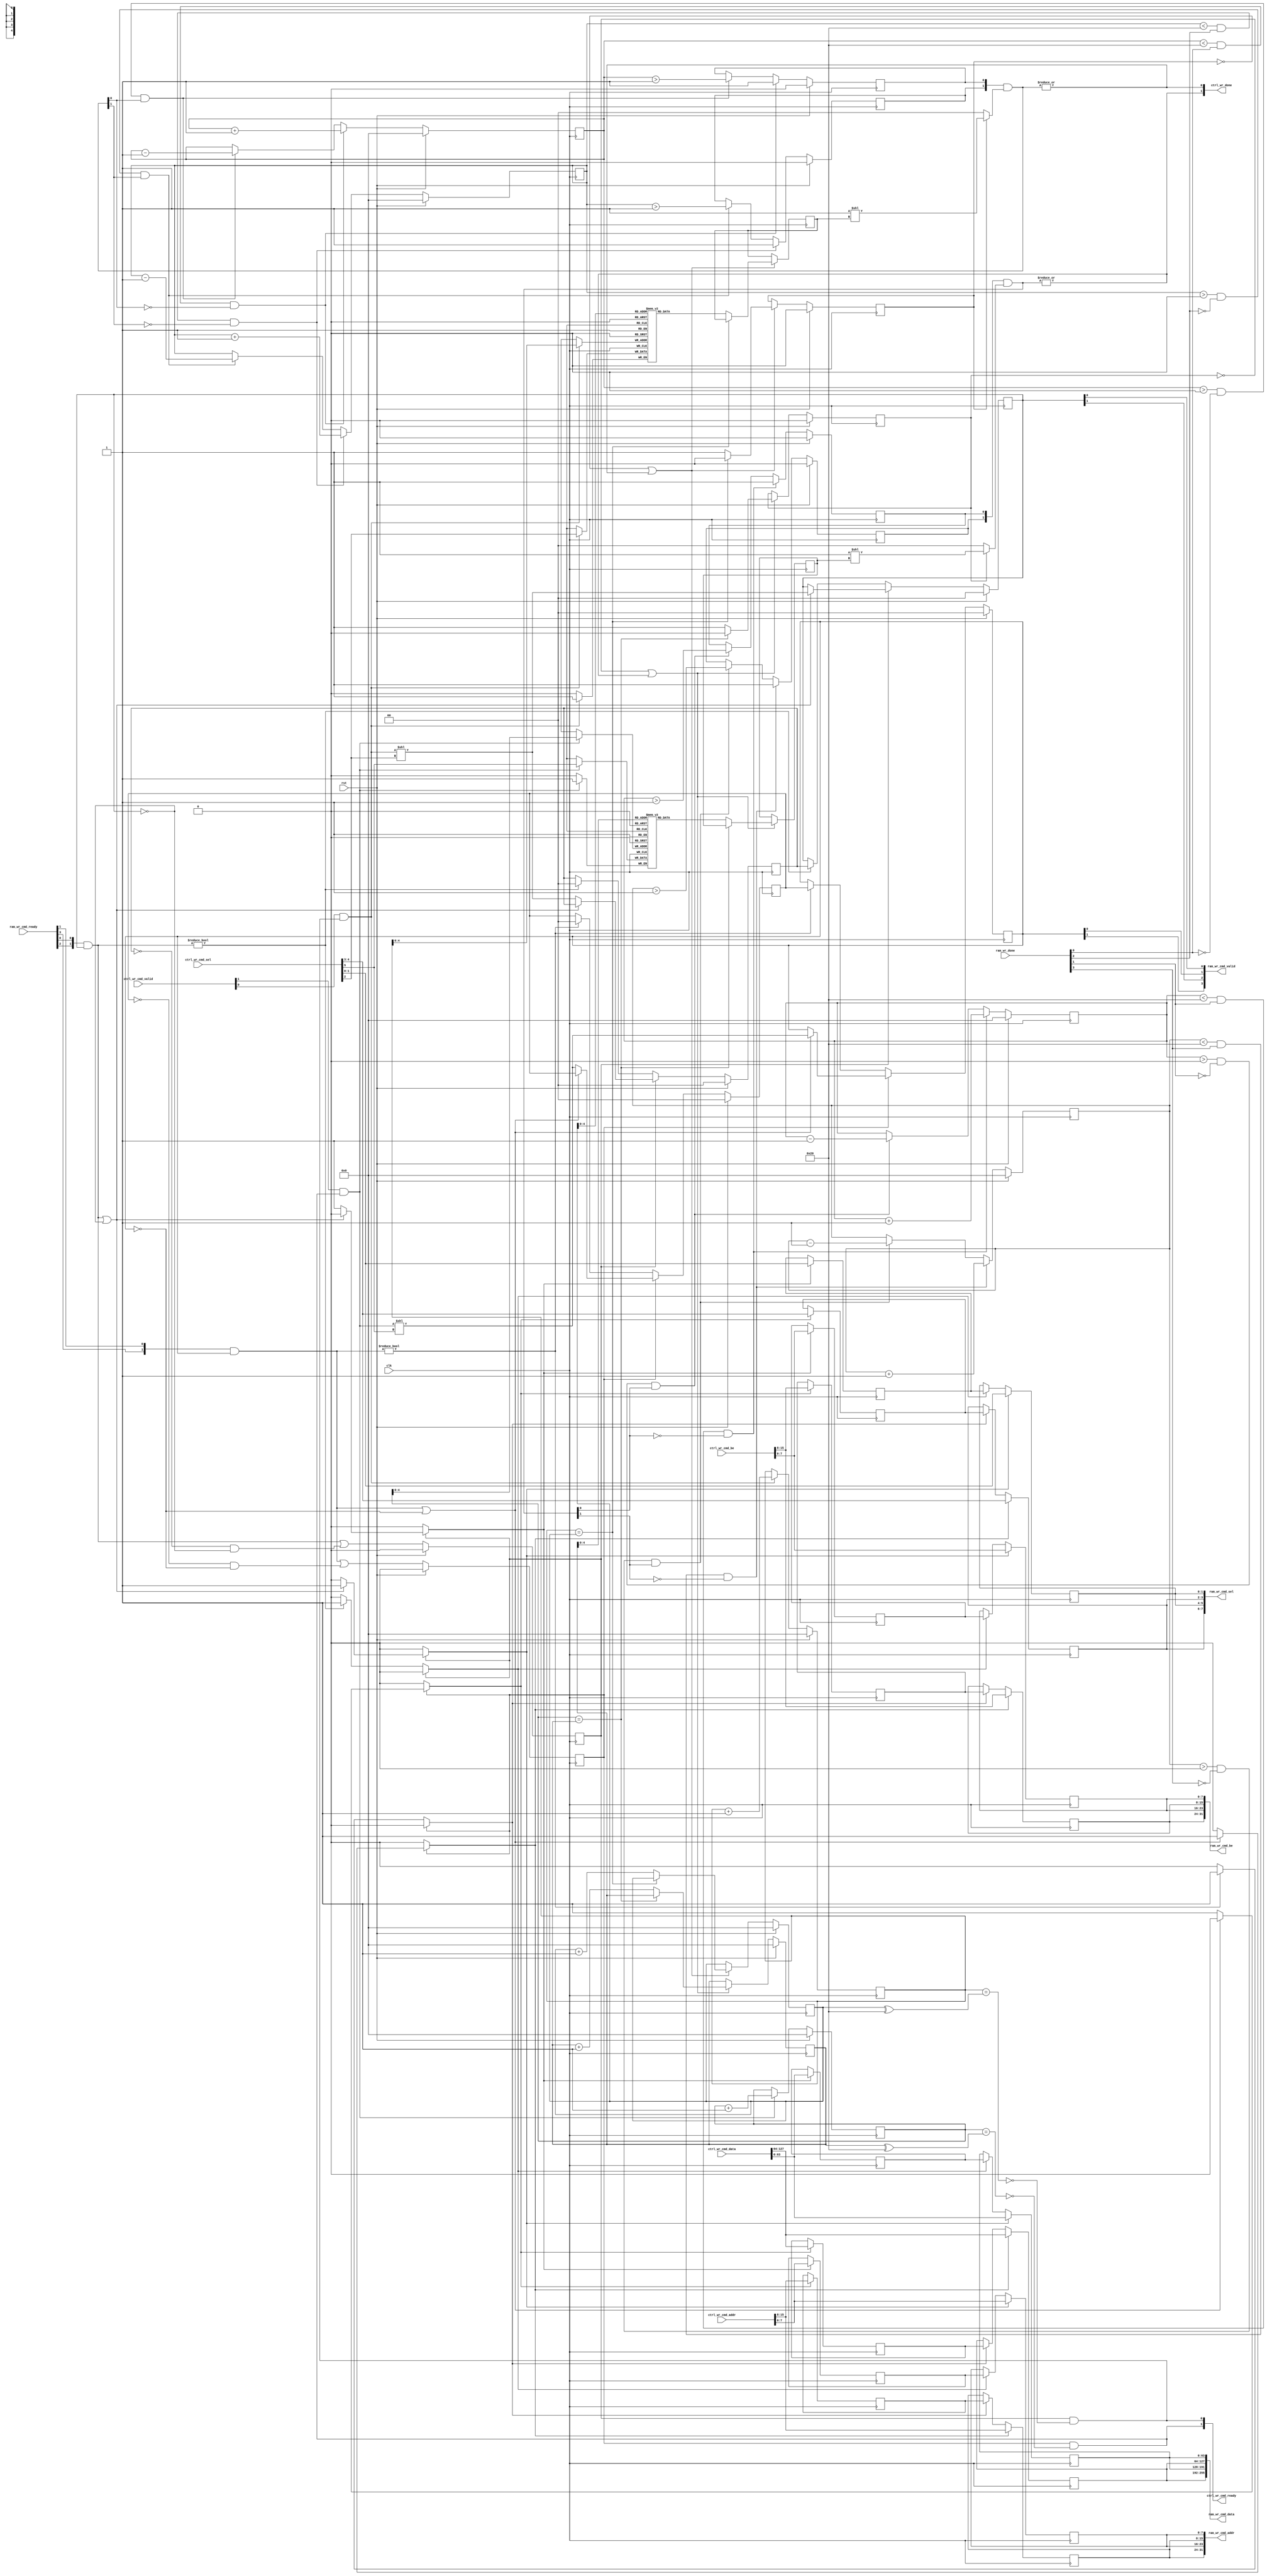
/*

Copyright (c) 2019-2021 Alex Forencich

Permission is hereby granted, free of charge, to any person obtaining a copy
of this software and associated documentation files (the "Software"), to deal
in the Software without restriction, including without limitation the rights
to use, copy, modify, merge, publish, distribute, sublicense, and/or sell
copies of the Software, and to permit persons to whom the Software is
furnished to do so, subject to the following conditions:

The above copyright notice and this permission notice shall be included in
all copies or substantial portions of the Software.

THE SOFTWARE IS PROVIDED "AS IS", WITHOUT WARRANTY OF ANY KIND, EXPRESS OR
IMPLIED, INCLUDING BUT NOT LIMITED TO THE WARRANTIES OF MERCHANTABILITY
FITNESS FOR A PARTICULAR PURPOSE AND NONINFRINGEMENT. IN NO EVENT SHALL THE
AUTHORS OR COPYRIGHT HOLDERS BE LIABLE FOR ANY CLAIM, DAMAGES OR OTHER
LIABILITY, WHETHER IN AN ACTION OF CONTRACT, TORT OR OTHERWISE, ARISING FROM,
OUT OF OR IN CONNECTION WITH THE SOFTWARE OR THE USE OR OTHER DEALINGS IN
THE SOFTWARE.

*/

// Language: Verilog 2001

`resetall
`timescale 1ns / 1ps
`default_nettype none

/*
 * DMA RAM demux (write)
 */
module dma_ram_demux_wr #
(
    // Number of ports
    parameter PORTS = 2,
    // RAM segment count
    parameter SEG_COUNT = 2,
    // RAM segment data width
    parameter SEG_DATA_WIDTH = 64,
    // RAM segment byte enable width
    parameter SEG_BE_WIDTH = SEG_DATA_WIDTH/8,
    // RAM segment address width
    parameter SEG_ADDR_WIDTH = 8,
    // Input RAM segment select width
    parameter S_RAM_SEL_WIDTH = 2,
    // Output RAM segment select width
    // Additional bits required for response routing
    parameter M_RAM_SEL_WIDTH = S_RAM_SEL_WIDTH+$clog2(PORTS)
)
(
    input  wire                                       clk,
    input  wire                                       rst,

    /*
     * RAM interface (from DMA interface)
     */
    input  wire [SEG_COUNT*M_RAM_SEL_WIDTH-1:0]       ctrl_wr_cmd_sel,
    input  wire [SEG_COUNT*SEG_BE_WIDTH-1:0]          ctrl_wr_cmd_be,
    input  wire [SEG_COUNT*SEG_ADDR_WIDTH-1:0]        ctrl_wr_cmd_addr,
    input  wire [SEG_COUNT*SEG_DATA_WIDTH-1:0]        ctrl_wr_cmd_data,
    input  wire [SEG_COUNT-1:0]                       ctrl_wr_cmd_valid,
    output wire [SEG_COUNT-1:0]                       ctrl_wr_cmd_ready,
    output wire [SEG_COUNT-1:0]                       ctrl_wr_done,

    /*
     * RAM interface (towards RAM)
     */
    output wire [PORTS*SEG_COUNT*S_RAM_SEL_WIDTH-1:0] ram_wr_cmd_sel,
    output wire [PORTS*SEG_COUNT*SEG_BE_WIDTH-1:0]    ram_wr_cmd_be,
    output wire [PORTS*SEG_COUNT*SEG_ADDR_WIDTH-1:0]  ram_wr_cmd_addr,
    output wire [PORTS*SEG_COUNT*SEG_DATA_WIDTH-1:0]  ram_wr_cmd_data,
    output wire [PORTS*SEG_COUNT-1:0]                 ram_wr_cmd_valid,
    input  wire [PORTS*SEG_COUNT-1:0]                 ram_wr_cmd_ready,
    input  wire [PORTS*SEG_COUNT-1:0]                 ram_wr_done
);

parameter CL_PORTS = $clog2(PORTS);

parameter S_RAM_SEL_WIDTH_INT = S_RAM_SEL_WIDTH > 0 ? S_RAM_SEL_WIDTH : 1;

parameter FIFO_ADDR_WIDTH = 5;

// check configuration
initial begin
    if (M_RAM_SEL_WIDTH < S_RAM_SEL_WIDTH+$clog2(PORTS)) begin
        $error("Error: M_RAM_SEL_WIDTH must be at least $clog2(PORTS) larger than S_RAM_SEL_WIDTH (instance %m)");
        $finish;
    end
end

generate

genvar n, p;

for (n = 0; n < SEG_COUNT; n = n + 1) begin

    // FIFO to maintain response ordering
    reg [FIFO_ADDR_WIDTH+1-1:0] fifo_wr_ptr_reg = 0;
    reg [FIFO_ADDR_WIDTH+1-1:0] fifo_rd_ptr_reg = 0;
    (* ram_style = "distributed", ramstyle = "no_rw_check, mlab" *)
    reg [CL_PORTS-1:0] fifo_sel[(2**FIFO_ADDR_WIDTH)-1:0];

    wire fifo_empty = fifo_wr_ptr_reg == fifo_rd_ptr_reg;
    wire fifo_full = fifo_wr_ptr_reg == (fifo_rd_ptr_reg ^ (1 << FIFO_ADDR_WIDTH));

    integer i;

    initial begin
        for (i = 0; i < 2**FIFO_ADDR_WIDTH; i = i + 1) begin
            fifo_sel[i] = 0;
        end
    end

    // RAM write command demux

    wire [M_RAM_SEL_WIDTH-1:0] seg_ctrl_wr_cmd_sel   = ctrl_wr_cmd_sel[M_RAM_SEL_WIDTH*n +: M_RAM_SEL_WIDTH];
    wire [SEG_BE_WIDTH-1:0]    seg_ctrl_wr_cmd_be    = ctrl_wr_cmd_be[SEG_BE_WIDTH*n +: SEG_BE_WIDTH];
    wire [SEG_ADDR_WIDTH-1:0]  seg_ctrl_wr_cmd_addr  = ctrl_wr_cmd_addr[SEG_ADDR_WIDTH*n +: SEG_ADDR_WIDTH];
    wire [SEG_DATA_WIDTH-1:0]  seg_ctrl_wr_cmd_data  = ctrl_wr_cmd_data[SEG_DATA_WIDTH*n +: SEG_DATA_WIDTH];
    wire                       seg_ctrl_wr_cmd_valid = ctrl_wr_cmd_valid[n];
    wire                       seg_ctrl_wr_cmd_ready;

    assign ctrl_wr_cmd_ready[n] = seg_ctrl_wr_cmd_ready;

    wire [PORTS*S_RAM_SEL_WIDTH-1:0] seg_ram_wr_cmd_sel;
    wire [PORTS*SEG_BE_WIDTH-1:0]    seg_ram_wr_cmd_be;
    wire [PORTS*SEG_ADDR_WIDTH-1:0]  seg_ram_wr_cmd_addr;
    wire [PORTS*SEG_DATA_WIDTH-1:0]  seg_ram_wr_cmd_data;
    wire [PORTS-1:0]                 seg_ram_wr_cmd_valid;
    wire [PORTS-1:0]                 seg_ram_wr_cmd_ready;

    for (p = 0; p < PORTS; p = p + 1) begin
        if (S_RAM_SEL_WIDTH > 0) begin
            assign ram_wr_cmd_sel[(p*SEG_COUNT+n)*S_RAM_SEL_WIDTH +: S_RAM_SEL_WIDTH_INT] = seg_ram_wr_cmd_sel[p*S_RAM_SEL_WIDTH +: S_RAM_SEL_WIDTH_INT];
        end
        assign ram_wr_cmd_be[(p*SEG_COUNT+n)*SEG_BE_WIDTH +: SEG_BE_WIDTH] = seg_ram_wr_cmd_be[p*SEG_BE_WIDTH +: SEG_BE_WIDTH];
        assign ram_wr_cmd_addr[(p*SEG_COUNT+n)*SEG_ADDR_WIDTH +: SEG_ADDR_WIDTH] = seg_ram_wr_cmd_addr[p*SEG_ADDR_WIDTH +: SEG_ADDR_WIDTH];
        assign ram_wr_cmd_data[(p*SEG_COUNT+n)*SEG_DATA_WIDTH +: SEG_DATA_WIDTH] = seg_ram_wr_cmd_data[p*SEG_DATA_WIDTH +: SEG_DATA_WIDTH];
        assign ram_wr_cmd_valid[p*SEG_COUNT+n] = seg_ram_wr_cmd_valid[p];
        assign seg_ram_wr_cmd_ready[p] = ram_wr_cmd_ready[p*SEG_COUNT+n];
    end

    if (S_RAM_SEL_WIDTH == 0) begin
        assign ram_wr_cmd_sel = 0;
    end

    // internal datapath
    reg  [S_RAM_SEL_WIDTH-1:0] seg_ram_wr_cmd_sel_int;
    reg  [SEG_BE_WIDTH-1:0]    seg_ram_wr_cmd_be_int;
    reg  [SEG_ADDR_WIDTH-1:0]  seg_ram_wr_cmd_addr_int;
    reg  [SEG_DATA_WIDTH-1:0]  seg_ram_wr_cmd_data_int;
    reg  [PORTS-1:0]           seg_ram_wr_cmd_valid_int;
    reg                        seg_ram_wr_cmd_ready_int_reg = 1'b0;
    wire                       seg_ram_wr_cmd_ready_int_early;

    assign seg_ctrl_wr_cmd_ready = seg_ram_wr_cmd_ready_int_reg && !fifo_full;

    wire [CL_PORTS-1:0] select_cmd = PORTS > 1 ? (seg_ctrl_wr_cmd_sel >> (M_RAM_SEL_WIDTH - CL_PORTS)) : 0;

    always @* begin
        seg_ram_wr_cmd_sel_int   = seg_ctrl_wr_cmd_sel;
        seg_ram_wr_cmd_be_int    = seg_ctrl_wr_cmd_be;
        seg_ram_wr_cmd_addr_int  = seg_ctrl_wr_cmd_addr;
        seg_ram_wr_cmd_data_int  = seg_ctrl_wr_cmd_data;
        seg_ram_wr_cmd_valid_int = (seg_ctrl_wr_cmd_valid && seg_ctrl_wr_cmd_ready) << select_cmd;
    end

    always @(posedge clk) begin
        if (seg_ctrl_wr_cmd_valid && seg_ctrl_wr_cmd_ready) begin
            fifo_sel[fifo_wr_ptr_reg[FIFO_ADDR_WIDTH-1:0]] <= select_cmd;
            fifo_wr_ptr_reg <= fifo_wr_ptr_reg + 1;
        end

        if (rst) begin
            fifo_wr_ptr_reg <= 0;
        end
    end

    // output datapath logic
    reg [S_RAM_SEL_WIDTH-1:0] seg_ram_wr_cmd_sel_reg   = {S_RAM_SEL_WIDTH_INT{1'b0}};
    reg [SEG_BE_WIDTH-1:0]    seg_ram_wr_cmd_be_reg    = {SEG_BE_WIDTH{1'b0}};
    reg [SEG_ADDR_WIDTH-1:0]  seg_ram_wr_cmd_addr_reg  = {SEG_ADDR_WIDTH{1'b0}};
    reg [SEG_DATA_WIDTH-1:0]  seg_ram_wr_cmd_data_reg  = {SEG_DATA_WIDTH{1'b0}};
    reg [PORTS-1:0]           seg_ram_wr_cmd_valid_reg = {PORTS{1'b0}}, seg_ram_wr_cmd_valid_next;

    reg [S_RAM_SEL_WIDTH-1:0] temp_seg_ram_wr_cmd_sel_reg   = {S_RAM_SEL_WIDTH_INT{1'b0}};
    reg [SEG_BE_WIDTH-1:0]    temp_seg_ram_wr_cmd_be_reg    = {SEG_BE_WIDTH{1'b0}};
    reg [SEG_ADDR_WIDTH-1:0]  temp_seg_ram_wr_cmd_addr_reg  = {SEG_ADDR_WIDTH{1'b0}};
    reg [SEG_DATA_WIDTH-1:0]  temp_seg_ram_wr_cmd_data_reg  = {SEG_DATA_WIDTH{1'b0}};
    reg [PORTS-1:0]           temp_seg_ram_wr_cmd_valid_reg = {PORTS{1'b0}}, temp_seg_ram_wr_cmd_valid_next;

    // datapath control
    reg store_axis_resp_int_to_output;
    reg store_axis_resp_int_to_temp;
    reg store_axis_resp_temp_to_output;

    assign seg_ram_wr_cmd_sel = {PORTS{seg_ram_wr_cmd_sel_reg}};
    assign seg_ram_wr_cmd_be = {PORTS{seg_ram_wr_cmd_be_reg}};
    assign seg_ram_wr_cmd_addr = {PORTS{seg_ram_wr_cmd_addr_reg}};
    assign seg_ram_wr_cmd_data = {PORTS{seg_ram_wr_cmd_data_reg}};
    assign seg_ram_wr_cmd_valid = seg_ram_wr_cmd_valid_reg;

    // enable ready input next cycle if output is ready or if both output registers are empty
    assign seg_ram_wr_cmd_ready_int_early = (seg_ram_wr_cmd_ready & seg_ram_wr_cmd_valid) || (!temp_seg_ram_wr_cmd_valid_reg && !seg_ram_wr_cmd_valid_reg);

    always @* begin
        // transfer sink ready state to source
        seg_ram_wr_cmd_valid_next = seg_ram_wr_cmd_valid_reg;
        temp_seg_ram_wr_cmd_valid_next = temp_seg_ram_wr_cmd_valid_reg;

        store_axis_resp_int_to_output = 1'b0;
        store_axis_resp_int_to_temp = 1'b0;
        store_axis_resp_temp_to_output = 1'b0;

        if (seg_ram_wr_cmd_ready_int_reg) begin
            // input is ready
            if ((seg_ram_wr_cmd_ready & seg_ram_wr_cmd_valid_reg) || !seg_ram_wr_cmd_valid_reg) begin
                // output is ready or currently not valid, transfer data to output
                seg_ram_wr_cmd_valid_next = seg_ram_wr_cmd_valid_int;
                store_axis_resp_int_to_output = 1'b1;
            end else begin
                // output is not ready, store input in temp
                temp_seg_ram_wr_cmd_valid_next = seg_ram_wr_cmd_valid_int;
                store_axis_resp_int_to_temp = 1'b1;
            end
        end else if (seg_ram_wr_cmd_ready & seg_ram_wr_cmd_valid_reg) begin
            // input is not ready, but output is ready
            seg_ram_wr_cmd_valid_next = temp_seg_ram_wr_cmd_valid_reg;
            temp_seg_ram_wr_cmd_valid_next = {PORTS{1'b0}};
            store_axis_resp_temp_to_output = 1'b1;
        end
    end

    always @(posedge clk) begin
        seg_ram_wr_cmd_valid_reg <= seg_ram_wr_cmd_valid_next;
        seg_ram_wr_cmd_ready_int_reg <= seg_ram_wr_cmd_ready_int_early;
        temp_seg_ram_wr_cmd_valid_reg <= temp_seg_ram_wr_cmd_valid_next;

        // datapath
        if (store_axis_resp_int_to_output) begin
            seg_ram_wr_cmd_sel_reg <= seg_ram_wr_cmd_sel_int;
            seg_ram_wr_cmd_be_reg <= seg_ram_wr_cmd_be_int;
            seg_ram_wr_cmd_addr_reg <= seg_ram_wr_cmd_addr_int;
            seg_ram_wr_cmd_data_reg <= seg_ram_wr_cmd_data_int;
        end else if (store_axis_resp_temp_to_output) begin
            seg_ram_wr_cmd_sel_reg <= temp_seg_ram_wr_cmd_sel_reg;
            seg_ram_wr_cmd_be_reg <= temp_seg_ram_wr_cmd_be_reg;
            seg_ram_wr_cmd_addr_reg <= temp_seg_ram_wr_cmd_addr_reg;
            seg_ram_wr_cmd_data_reg <= temp_seg_ram_wr_cmd_data_reg;
        end

        if (store_axis_resp_int_to_temp) begin
            temp_seg_ram_wr_cmd_sel_reg <= seg_ram_wr_cmd_sel_int;
            temp_seg_ram_wr_cmd_be_reg <= seg_ram_wr_cmd_be_int;
            temp_seg_ram_wr_cmd_addr_reg <= seg_ram_wr_cmd_addr_int;
            temp_seg_ram_wr_cmd_data_reg <= seg_ram_wr_cmd_data_int;
        end

        if (rst) begin
            seg_ram_wr_cmd_valid_reg <= {PORTS{1'b0}};
            seg_ram_wr_cmd_ready_int_reg <= 1'b0;
            temp_seg_ram_wr_cmd_valid_reg <= {PORTS{1'b0}};
        end
    end

    // RAM write done mux

    wire [PORTS-1:0] seg_ram_wr_done;
    wire [PORTS-1:0] seg_ram_wr_done_out;
    wire [PORTS-1:0] seg_ram_wr_done_ack;
    wire seg_ctrl_wr_done;

    for (p = 0; p < PORTS; p = p + 1) begin
        assign seg_ram_wr_done[p] = ram_wr_done[p*SEG_COUNT+n];
    end

    assign ctrl_wr_done[n] = seg_ctrl_wr_done;

    for (p = 0; p < PORTS; p = p + 1) begin
        reg [FIFO_ADDR_WIDTH+1-1:0] done_count_reg = 0;
        reg done_reg = 1'b0;

        assign seg_ram_wr_done_out[p] = done_reg;

        always @(posedge clk) begin
            if (done_count_reg < 2**FIFO_ADDR_WIDTH && seg_ram_wr_done[p] && !seg_ram_wr_done_ack[p]) begin
                done_count_reg <= done_count_reg + 1;
                done_reg <= 1;
            end else if (done_count_reg > 0 && !seg_ram_wr_done[p] && seg_ram_wr_done_ack[p]) begin
                done_count_reg <= done_count_reg - 1;
                done_reg <= done_count_reg > 1;
            end

            if (rst) begin
                done_count_reg <= 0;
                done_reg <= 1'b0;
            end
        end
    end

    reg [CL_PORTS-1:0] select_resp_reg = 0;
    reg select_resp_valid_reg = 0;

    assign seg_ram_wr_done_ack = seg_ram_wr_done_out & (select_resp_valid_reg ? (1 << select_resp_reg) : 0);
    assign seg_ctrl_wr_done = |seg_ram_wr_done_ack;

    always @(posedge clk) begin
        if (!select_resp_valid_reg || seg_ctrl_wr_done) begin
            select_resp_valid_reg <= 1'b0;
            if (!fifo_empty) begin
                select_resp_reg <= fifo_sel[fifo_rd_ptr_reg[FIFO_ADDR_WIDTH-1:0]];
                fifo_rd_ptr_reg <= fifo_rd_ptr_reg + 1;
                select_resp_valid_reg <= 1'b1;
            end
        end

        if (rst) begin
            fifo_rd_ptr_reg <= 0;
            select_resp_valid_reg <= 1'b0;
        end
    end

end

endgenerate

endmodule

`resetall